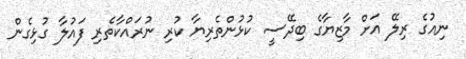
ނިއުގެ ރިލޭ އަށް މާޒިޔާގެ ބިދޭސީ ކުޅުންތެރިޔާ ކުރި ނުރައްކާތެރި ފައުލާ ގުޅިގެން